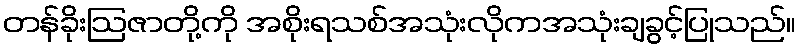
တန်ခိုးဩဇာတို့ကို အစိုးရသစ်အသုံးလိုကအသုံးချခွင့်ပြုသည်။